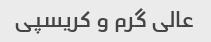
عالی گرم و کریسپی